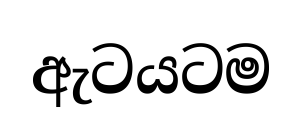
ඇටයටම